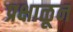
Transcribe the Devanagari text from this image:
प्रक्षाळून